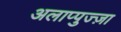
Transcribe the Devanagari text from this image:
अलाप्पुज्ज़ा